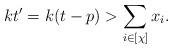
LaTeX: \begin{align*}kt'=k(t-p)>\sum_{i\in [\chi]}x_i.\end{align*}